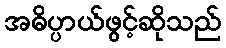
အဓိပ္ပာယ်ဖွင့်ဆိုသည်